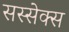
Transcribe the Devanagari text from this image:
सस्सेक्स